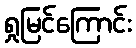
ရှုမြင်ကြောင်း